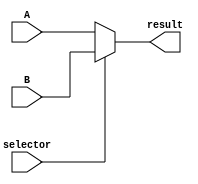
module mux2#(parameter WIDTH=32)(A,B,selector,result);
input [WIDTH-1:0] A,B;
input selector;
output [WIDTH-1:0] result;

assign result=(selector)?B:A;

endmodule